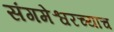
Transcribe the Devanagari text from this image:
संगमेश्वरच्याच